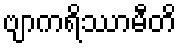
ဗျာကရိဿာမီတိ